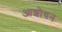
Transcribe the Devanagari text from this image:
आशोधन